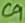
Text: C9